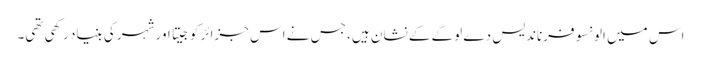
اس میں الونسو فرناندیس دے لوگے کے نشان ہیں، جس نے اس جزائر کو جیتا اور شہر کی بنیاد رکھی تھی۔